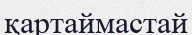
қартаймастай